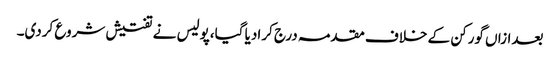
بعدازاں گورکن کے خلاف مقدمہ درج کرادیا گیا،پولیس نے تفتیش شروع کردی۔